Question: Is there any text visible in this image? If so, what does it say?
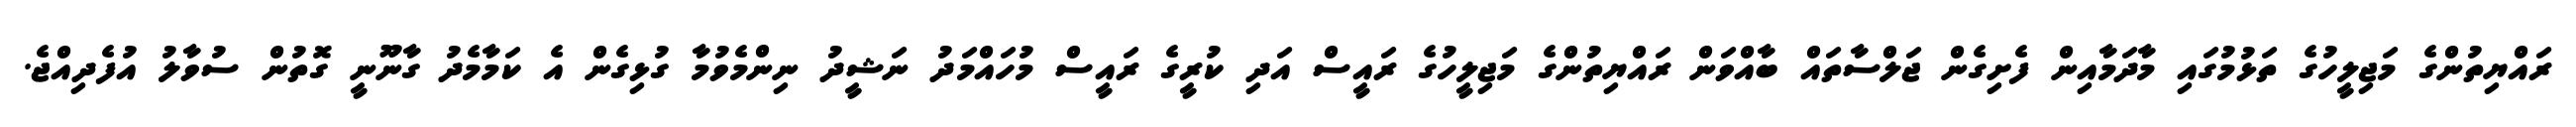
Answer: ރައްޔިތުންގެ މަޖިލީހުގެ ތަޅުމުގައި މާދަމާއިން ފެށިގެން ޖަލްސާތައް ބާއްވަން ރައްޔިތުންގެ މަޖިލީހުގެ ރައީސް އަދި ކުރީގެ ރައީސް މުހައްމަދު ނަޝީދު ނިންމެވުމާ ގުޅިގެން އެ ކަމާމެދު ގާނޫނީ ގޮތުން ސުވާލު އުފެދިއްޖެ.